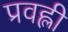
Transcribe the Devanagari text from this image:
प्रवह्ली